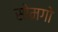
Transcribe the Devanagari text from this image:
सोमगो